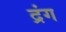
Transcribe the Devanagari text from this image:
द्रंग